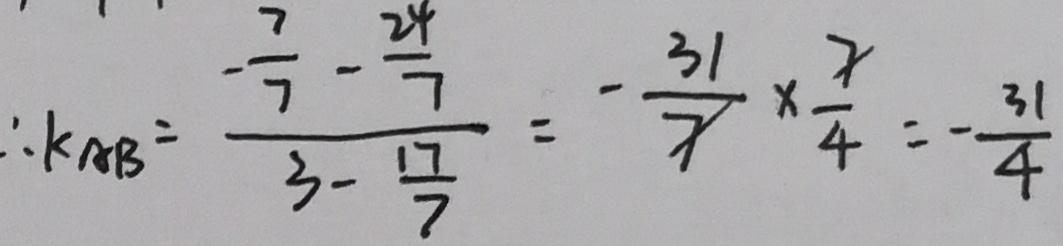
\therefore k _ { A B } = \frac { - \frac { 7 } { 7 } - \frac { 2 4 } { 7 } } { 3 - \frac { 1 7 } { 7 } } = - \frac { 3 1 } { 7 } \times \frac { 7 } { 4 } = - \frac { 3 1 } { 4 }